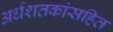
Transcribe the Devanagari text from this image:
अर्धशतकांसहित